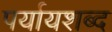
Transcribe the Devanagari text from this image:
पर्यायशब्द